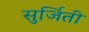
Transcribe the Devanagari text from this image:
सुर्जिती